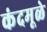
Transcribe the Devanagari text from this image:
कंदमूळे